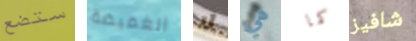
ستضع الغميضة لا هي كما شافيز